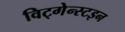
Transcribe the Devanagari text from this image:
विट्गेन्स्टइन